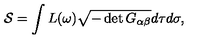
{ \cal S } = \int L ( \omega ) \sqrt { - \det G _ { \alpha \beta } } d \tau d \sigma ,